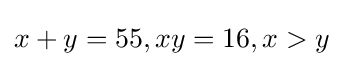
x+y=55,xy=16,x>y